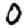
Digit: 0